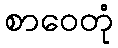
စာဝေတုံ